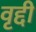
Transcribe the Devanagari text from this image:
वृद्दी